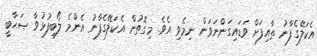
އެކަލޭގެފާނު ޠާއިފަށް ވަޑައިގަންނަވަން ނިމެވި އެވެ. މިގޮތުން އެކަލޭގެފާނު އެންމެ ލޯބިފުޅުވާ ޞަޙާބީ